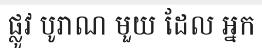
ផ្លូវ បូរាណ មួយ ដែល អ្នក